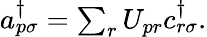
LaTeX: \begin{array}{r}{{a}_{p\sigma}^{\dagger}=\sum_{r}{U}_{pr}{c}_{r\sigma}^{\dagger}.}\end{array}